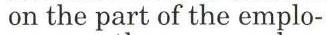
 on the part of the emplo-